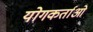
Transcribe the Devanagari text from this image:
योगकर्ताओं